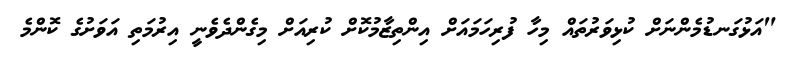
"އަޅުގަނޑުމެންނަށް ކުޅިވަރުތައް މިހާ ފުރިހަމައަށް އިންތިޒާމުކޮށް ކުރިއަށް މިގެންދެވެނީ އިރުމަތި އަވަށުގެ ކޮންމެ